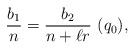
LaTeX: \begin{align*}\frac{b_1}{n}=\frac{b_2}{n+\ell r}\ (q_0),\end{align*}